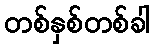
တစ်နှစ်တစ်ခါ